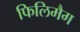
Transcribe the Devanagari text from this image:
फिलिमैग